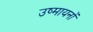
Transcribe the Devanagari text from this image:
उष्मायनों